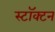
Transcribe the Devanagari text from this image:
स्टॉक्टन